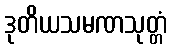
ဒုတိယသမဏသုတ္တံ